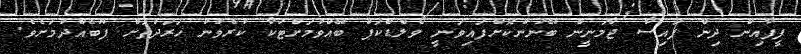
ފީފާއިން ދިން ފައިސާ ޖާމަނީން ބޭނުންކޮށްފައިވަނީ ވޯލްޑްކަޕް ބޭއްވުމަށްޓަކާ ކުރެވުނު ހަރަދުތަށް ފޫބެއްދުމަށެވެ.